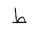
Letter: _da